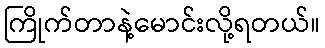
ကြိုက်တာနဲ့မောင်းလို့ရတယ်။